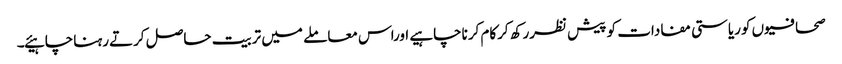
صحافیوں کوریاستی مفادات کو پیش نظررکھ کرکام کرناچاہیے اوراس معاملے میں تربیت حاصل کرتےرہناچاہیئے۔